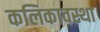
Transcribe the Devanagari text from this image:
कलिकावस्था